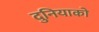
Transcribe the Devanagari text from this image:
दुनियाको